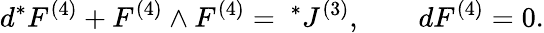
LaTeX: d{}^{*}F^{(4)}+F^{(4)}\wedge F^{(4)}={~}^{*}J^{(3)},\qquad d{}F^{(4)}=0.